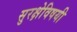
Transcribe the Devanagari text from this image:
सुरक्षेविषयी